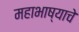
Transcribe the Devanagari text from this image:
महाभाष्याचे